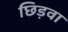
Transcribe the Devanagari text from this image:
छिड़वा